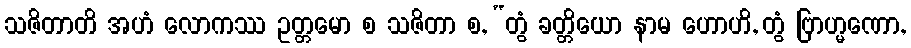
သဇိတာတိ အဟံ လောကဿ ဥတ္တမော စ သဇိတာ စ, “တွံ ခတ္တိယော နာမ ဟောဟိ, တွံ ဗြာဟ္မဏော,